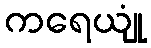
ကရေယျုံ